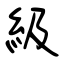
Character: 級